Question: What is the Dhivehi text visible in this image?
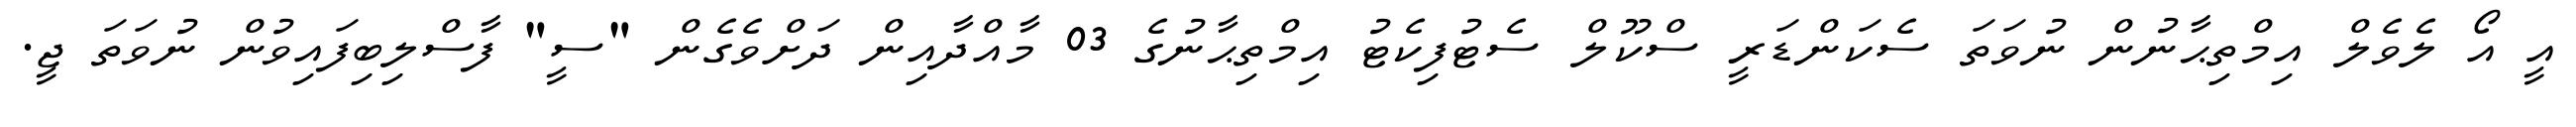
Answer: އީ އޯ ލެވެލް އިމްތިޙާނުން ނުވަތަ ސެކަންޑަރީ ސްކޫލް ސެޓުފިކެޓު އިމްތިޙާނުގެ 03 މާއްދާއިން ދަށްވެގެން "ސީ" ފާސްލިބިފައިވުން ނުވަތަ ޖީ.